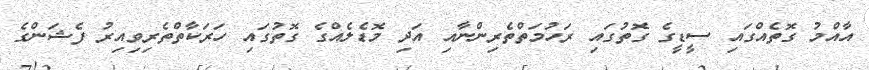
އާއްމު ގޮތެއްގައި ސީޑީގެ ގޮތުގައި ރަހުމަތްތެރިންނާއި އަދި މޮޑެލެއްގެ ގޮތުގައި ހަރަކާތްތެރިވިިއިރު ފެޝަންގެ